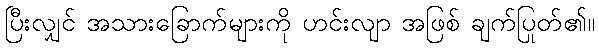
ပြီးလျှင် အသားခြောက်များကို ဟင်းလျာ အဖြစ် ချက်ပြုတ်၏။